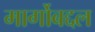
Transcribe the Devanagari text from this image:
मार्गोबद्दल